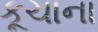
કૂચાના